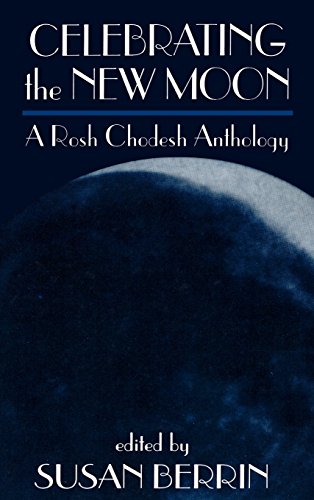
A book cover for Celebrating the New Moon: A Rosh Chodesh Anthology; Religion & Spirituality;